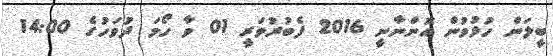
ބީލަން ހުޅުވުން އޮންނާނީ 2016 ފެބުރުވަރީ 01 ވާ ހޯމަ ދުވަހުގެ 14:00